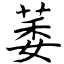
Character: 萎